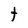
Character: t